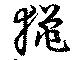
猟